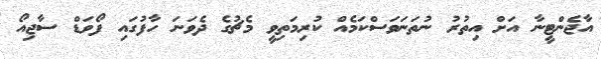
އާޖެންޓީނާ އަށް އިތުރު ނުތަނަވަސްކަމެއް ކުރިމަތިވީ މެޗުގެ ދެވަނަ ހާފުގައި ފޯވަޑް ސާޖިއޯ